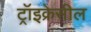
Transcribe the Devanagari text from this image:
ट्रॉइक्रेसील